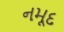
નમૂદ